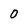
Character: 0